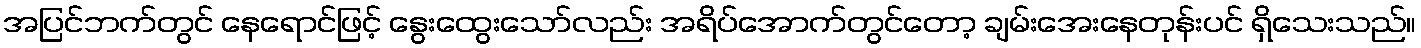
အပြင်ဘက်တွင် နေရောင်ဖြင့် နွေးထွေးသော်လည်း အရိပ်အောက်တွင်တော့ ချမ်းအေးနေတုန်းပင် ရှိသေးသည်။